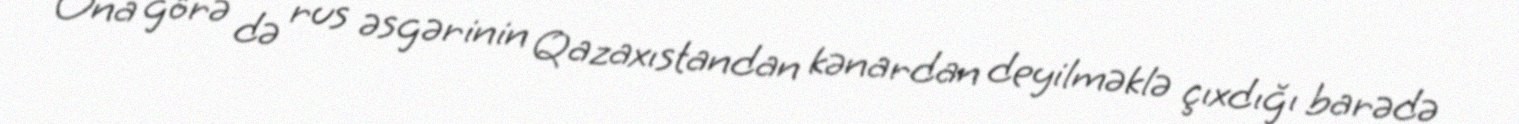
Ona görə də rus əsgərinin Qazaxıstandan kənardan deyilməklə çıxdığı barədə